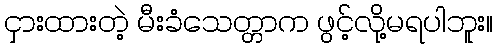
ငှားထားတဲ့ မီးခံသေတ္တာက ဖွင့်လို့မရပါဘူး။